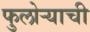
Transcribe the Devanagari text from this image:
फुलोऱ्याची